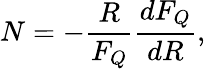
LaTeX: N=-\frac{R}{F_{Q}}\frac{dF_{Q}}{dR},